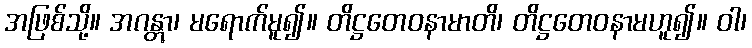
အဖြစ်သို့။ အဂန္တွာ၊ မရောက်မူ၍။ တိဋ္ဌတေဝနာမာတိ၊ တိဋ္ဌတေဝနာမဟူ၍။ ဝါ၊